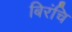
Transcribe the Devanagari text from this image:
बिरंचि